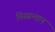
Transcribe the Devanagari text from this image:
निस्सन्तान